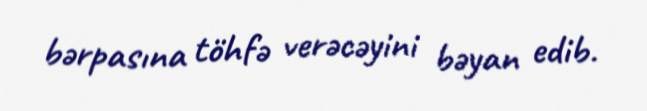
bərpasına töhfə verəcəyini bəyan edib.